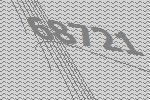
68721